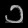
Digit: ၁